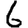
Digit: 6